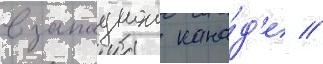
в западнои кана́д'е //